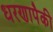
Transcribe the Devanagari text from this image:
धरणापैकी